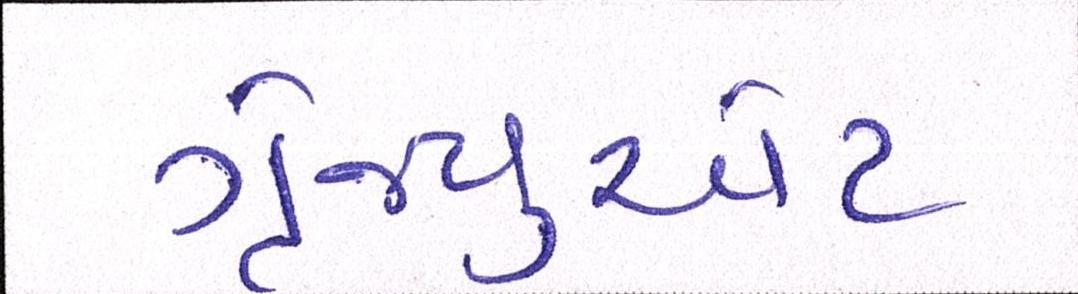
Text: ગ્રેજ્યુએટ